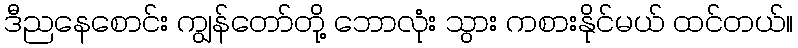
ဒီညနေစောင်း ကျွန်တော်တို့ ဘောလုံး သွား ကစားနိုင်မယ် ထင်တယ်။